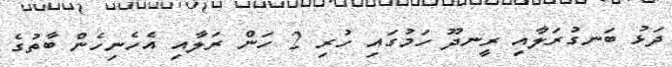
ދަޅު ބަނގުރަލާއި ރީނދޫ ހަމުގައި ހުރި 2 ހަން ރަލާއި އެހެނިހެން ބާތުގެ